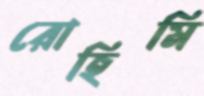
রোহিমি